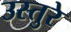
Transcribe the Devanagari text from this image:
उस्तुरे